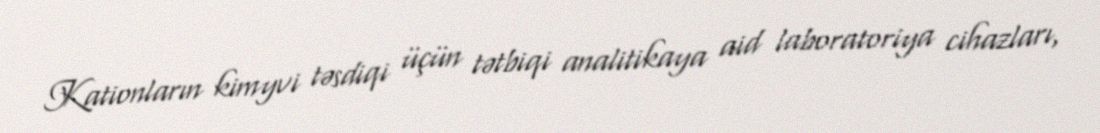
Kationların kimyvi təsdiqi üçün tətbiqi analitikaya aid laboratoriya cihazları,